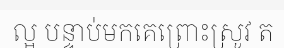
ល្អ បន្ទាប់មកគេព្រោះស្រូវ ត